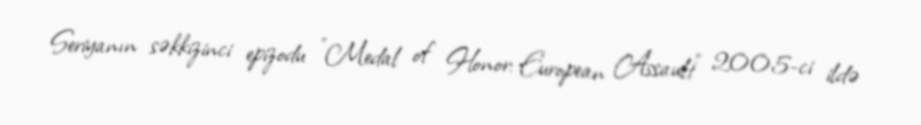
Seriyanın səkkizinci epizodu "Medal of Honor: European Assault" 2005-ci ildə